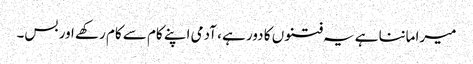
میرا ماننا ہے یہ فتنوں کا دور ہے ، آدمی اپنے کام سے کام رکھے اور بس۔